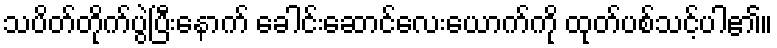
သပိတ်တိုက်ပွဲပြီးနောက် ခေါင်းဆောင်လေးယောက်ကို ထုတ်ပစ်သင့်ပါ၏။